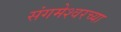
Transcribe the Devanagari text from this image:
संगमेश्वरच्या